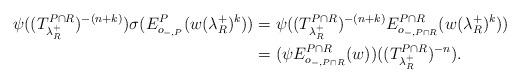
LaTeX: \begin{align*}\psi((T^{P\cap R}_{\lambda_{R}^+})^{-(n + k)})\sigma(E^P_{o_{-,P}}(w(\lambda_R^+)^k))& = \psi((T^{P\cap R}_{\lambda_{R}^+})^{-(n + k)}E^{P\cap R}_{o_{-,P\cap R}}(w(\lambda_R^+)^k))\\& = (\psi E^{P\cap R}_{o_{-,P\cap R}}(w))((T^{P\cap R}_{\lambda_{R}^+})^{-n}).\end{align*}